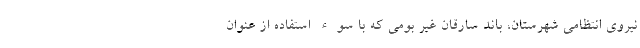
نیروی انتظامی شهرستان، باند سارقان غیر بومی که با سوء استفاده از عنوان